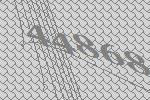
44868